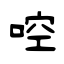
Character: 啌